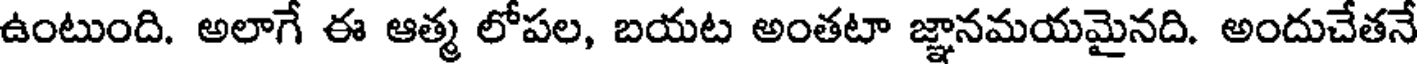
ఉంటుంది. అలాగే ఈ ఆత్మ లోపల, బయట అంతటా జ్ఞానమయమైనది. అందుచేతనే